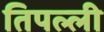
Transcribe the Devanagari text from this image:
तिपल्ली